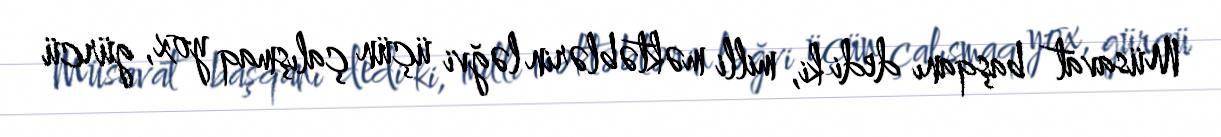
Müsavat başqanı dedi ki, milli məktəblərin ləğvi üçün çalışmaq yox, gürcü